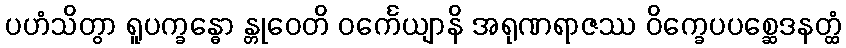
ပဟံသိတွာ ရူပက္ခန္ဓော န္တုဝေတိ ဝင်္ကေယျာနိ အရုဏရာဇဿ ဝိက္ခေပပစ္ဆေဒနတ္ထံ